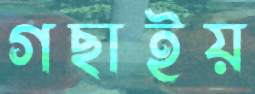
গছাইয়